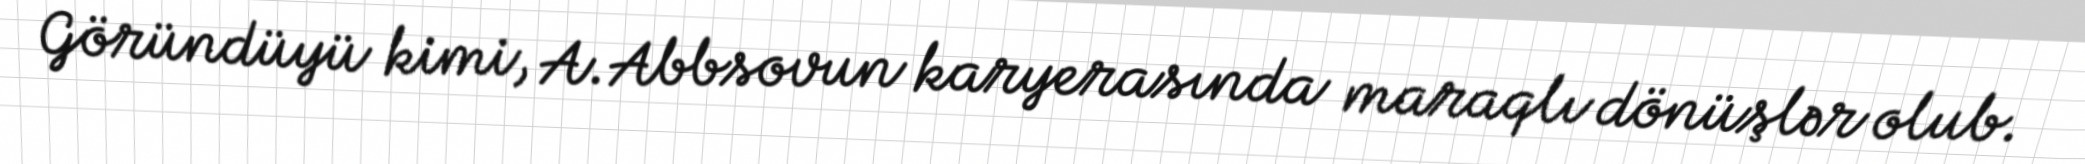
Göründüyü kimi, A.Abbsovun karyerasında maraqlı dönüşlər olub.